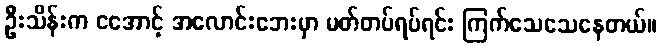
ဦးသိန်းက ငအောင့် အလောင်းဘေးမှာ မတ်တပ်ရပ်ရင်း ကြက်သေသေနေတယ်။